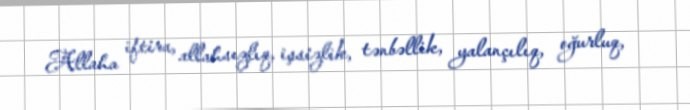
Allaha iftira, allahsızlıq, işsizlik, tənbəllik, yalançılıq, oğurluq,